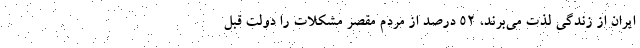
ایران از زندگی لذت می‌برند، ۵۲ درصد از مردم مقصر مشکلات را دولت قبل